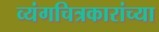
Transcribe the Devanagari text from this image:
व्यंगचित्रकारांच्या